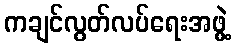
ကချင်လွတ်လပ်ရေးအဖွဲ့